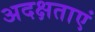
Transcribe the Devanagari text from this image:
अदक्षताएं